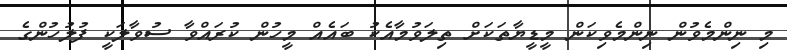
މި ނިންމެވުން ނިންމެވިކަން މީޑީޔާތަކަށް ތިލަވުމާއެކު ބައެއް މީހުން ކުރައްވާ ސުވާލަކީ ފުލުހުންގެ